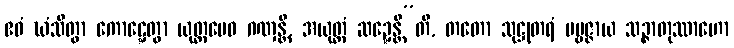
ဧဝံ ဃံသိတွာ ကောဋ္ဋေတွာ ယုတ္တမေဝ ဂဏှန္တိ, အယုတ္တံ ဆဍ္ဍေန္တီ”တိ, တတော သုဋ္ဌုတရံ ပဗ္ဗဇ္ဇာယ သဉ္ဇာတုဿာဟော